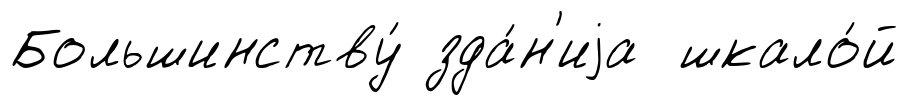
Большинству́ зда́н'иjа шкало́й